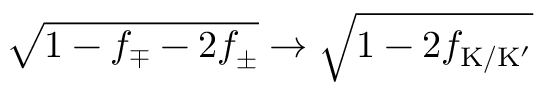
\sqrt { 1 - f _ { \mp } - 2 f _ { \pm } } \to \sqrt { 1 - 2 f _ { \mathrm { K } / \mathrm { K } ^ { \prime } } }